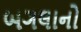
બગલાનો